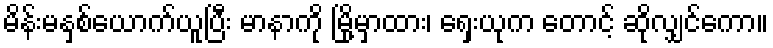
မိန်းမနှစ်ယောက်ယူပြီး မာနာကို မြို့မှာထား၊ ရှေးယုက တောင့် ဆိုလျှင်ကော။